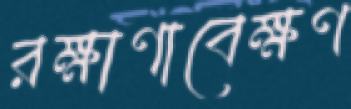
রক্ষাণাবেক্ষণ